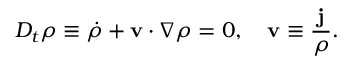
D _ { t } \rho \equiv \dot { \rho } + { \bf v } \cdot \nabla \rho = 0 , ~ ~ ~ { \bf v } \equiv \frac { \bf j } { \rho } .